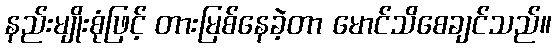
နည်းမျိုးစုံဖြင့် တားမြစ်နေခဲ့တာ မောင်သိစေချင်သည်။